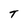
Character: T